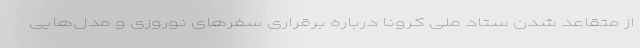
از متقاعد شدن ستاد ملی کرونا درباره برقراری سفرهای نوروزی و مدل‌هایی